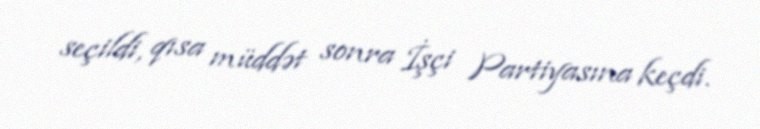
seçildi, qısa müddət sonra İşçi Partiyasına keçdi.